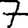
Digit: 7